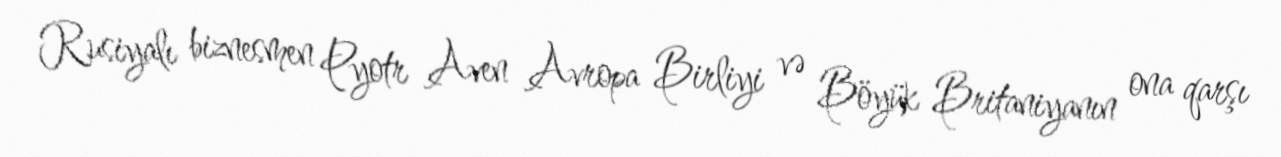
Rusiyalı biznesmen Pyotr Aven Avropa Birliyi və Böyük Britaniyanın ona qarşı